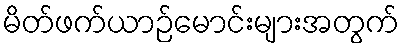
မိတ်ဖက်ယာဉ်မောင်းများအတွက်